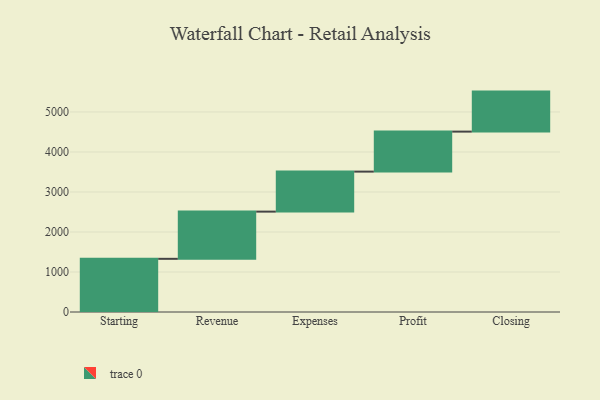
{"axis": {"x": "Step", "y": "Value"}, "legend": [""], "data": [{"x": "Starting", "y": 1329.0, "type": ""}, {"x": "Revenue", "y": 1180.0, "type": ""}, {"x": "Expenses", "y": 1000, "type": ""}, {"x": "Profit", "y": 1000, "type": ""}, {"x": "Closing", "y": 1000, "type": ""}]}